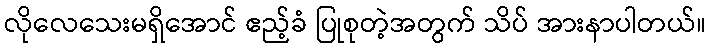
လိုလေသေးမရှိအောင် ဧည့်ခံ ပြုစုတဲ့အတွက် သိပ် အားနာပါတယ်။